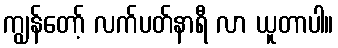
ကျွန်တော့် လက်ပတ်နာရီ လာ ယူတာပါ။